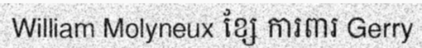
William Molyneux ខ្សែ ការពារ Gerry